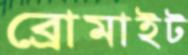
ব্রোমাইট